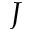
J